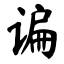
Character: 谝